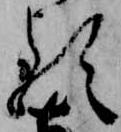
る